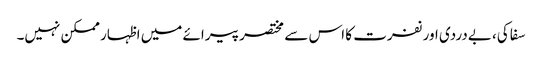
سفاکی، بےدردی اور نفرت کا اس سے مختصر پیرائے میں اظہار ممکن نہیں۔